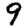
Digit: 9